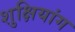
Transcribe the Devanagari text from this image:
शुक्षियांग